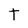
Character: t